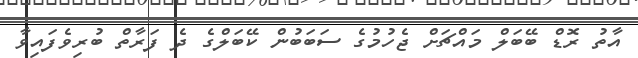
އާތު ރޮޑް ބޭބަލް މައްޗަށް ޖެހުމުގެ ސަބަބުން ކޭބަލްގެ ދެ ފަރާތް ބުރިވެފައިވާ